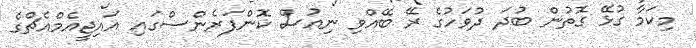
މިކަމާ ގުޅޭ ގޮތުން ބުދަ ދުވަހުގެ ރޭ ބޭއްވި ނިއުސް ކޮންފަރެންސްގައި އައިޖީއެމްއެޗްގެ